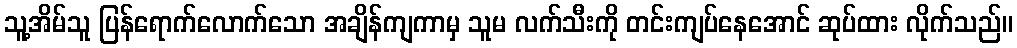
သူ့အိမ်သူ ပြန်ရောက်လောက်သော အချိန်ကျကာမှ သူမ လက်သီးကို တင်းကျပ်နေအောင် ဆုပ်ထား လိုက်သည်။